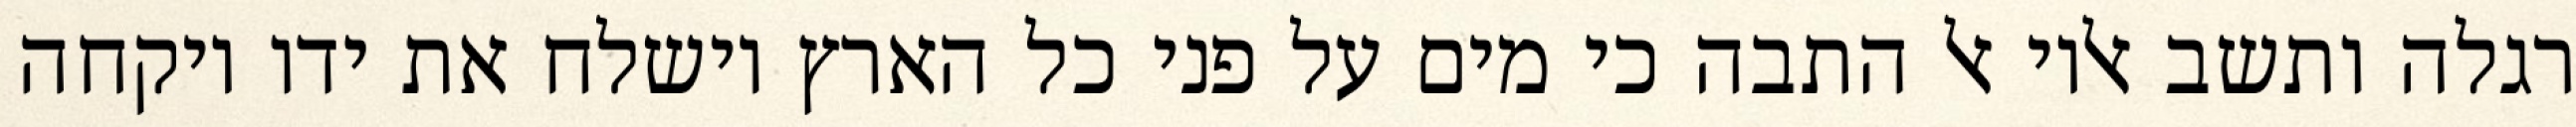
רגלה ותשב אליו אל התבה כי מים על פני כל הארץ וישלח את ידו ויקחה